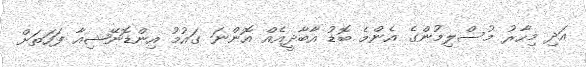
އަދި މިހާރު މުސްލިމުންގެ އެންމެ ބޮޑު އާބާދީއެއް އޮންނަ ގައުމު އިންޑޮނޭޝިއާ ފަހަތަށް